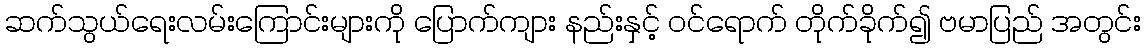
ဆက်သွယ်ရေးလမ်းကြောင်းများကို ပြောက်ကျား နည်းနှင့် ဝင်ရောက် တိုက်ခိုက်၍ ဗမာပြည် အတွင်း